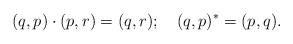
\begin{align*}(q,p) \cdot (p,r) = (q,r); \quad (q,p)^* = (p,q).\end{align*}